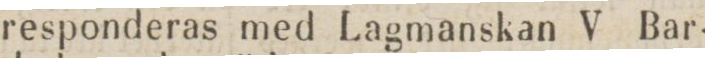
responderas med Lagmanskan V Bar-